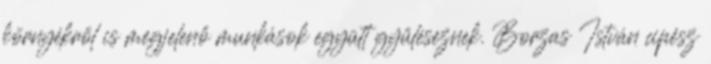
környékről is megjelenő munkások együtt gyűléseznek. Borzas István cipész